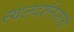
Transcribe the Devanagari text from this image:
स्थलदर्शनासाठी